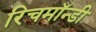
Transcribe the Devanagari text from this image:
रिचमॉन्डी